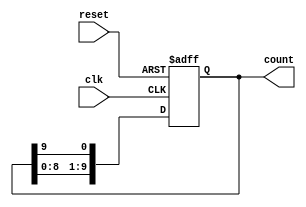
module decade_ring_counter (
    input wire clk,        // Clock input
    input wire reset,      // Asynchronous reset
    output reg [9:0] count // 10-bit output representing the counter state
);

// Initialize the counter to the first state (0000 0001)
always @(posedge clk or posedge reset) begin
    if (reset) begin
        count <= 10'b0000000001; // Reset to the first state
    end else begin
        // Shift the '1' bit to the next position
        count <= {count[8:0], count[9]};
    end
end

endmodule